Rangoon Lunatic Asylum 1878-1892 - 1878-1892
Year: 1878
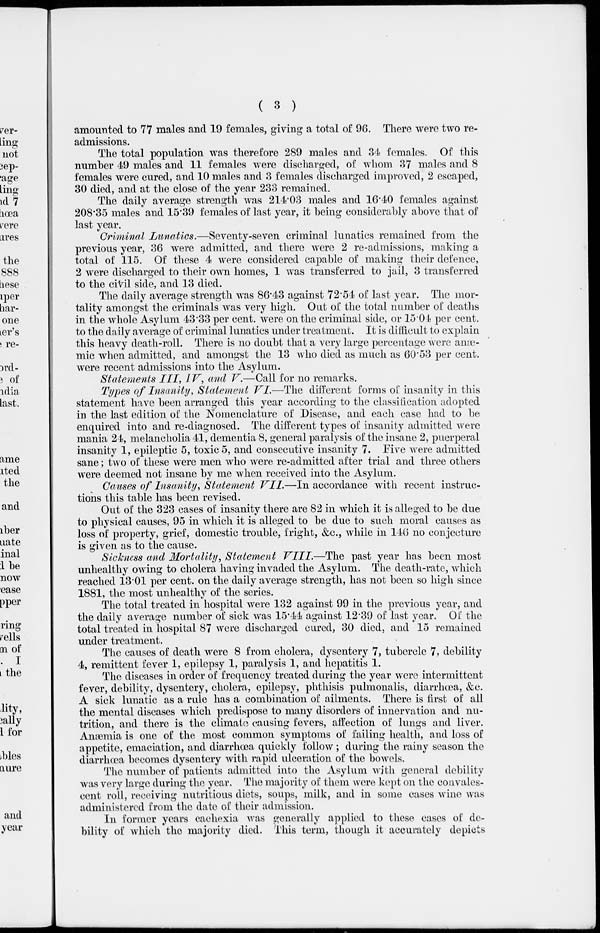
( 3 )
amounted to 77 males and 19 females, giving a total of 96. There were two re-
admissions.
The total population was therefore 289 males and 34 females. Of this
number 49 males and 11 females were discharged, of whom 37 males and 8
females were cured, and 10 males and 3 females discharged improved, 2 escaped,
30 died, and at the close of the year 233 remained.
The daily average strength was 214.03 males and 16.40 females against
208.35 males and 15.39 females of last year, it being considerably above that of
last year.
Criminal Lunatics.—Seventy-seven criminal lunatics remained from the
previous year, 36 were admitted, and there were 2 re-admissions, making a
total of 115. Of these 4 were considered capable of making their defence,
2 were discharged to their own homes, 1 was transferred to jail, 3 transferred
to the civil side, and 13 died.
The daily average strength was 86.43 against 72.54 of last year. The mor-
tality amongst the criminals was very high. Out of the total number of deaths
in the whole Asylum 43.33 per cent. were on the criminal side, or 15.04 per cent.
to the daily average of criminal lunatics under treatment. It is difficult to explain
this heavy death-roll. There is no doubt that a very large percentage were anæ-
mic when admitted, and amongst the 13 who died as much as 60.53 per cent.
were recent admissions into the Asylum.
Statements III, IV, and V.—Call for no remarks.
Types of Insanity, Statement VI.—The different forms of insanity in this
statement have been arranged this year according to the classification adopted
in the last edition of the Nomenclature of Disease, and each case had to be
enquired into and re-diagnosed. The different types of insanity admitted were
mania 24, melancholia 41, dementia 8, general paralysis of the insane 2, puerperal
insanity 1, epileptic 5, toxic 5, and consecutive insanity 7. Five were admitted
sane; two of these were men who were re-admitted after trial and three others
were deemed not insane by me when received into the Asylum.
Causes of Insanity, Statement VII.—In accordance with recent instruc-
tions this table has been revised.
Out of the 323 cases of insanity there are 82 in which it is alleged to be due
to physical causes, 95 in which it is alleged to be due to such moral causes as
loss of property, grief, domestic trouble, fright, &c., while in 146 no conjecture
is given as to the cause.
Sickness and Mortality, Statement VIII.—The past year has been most
unhealthy owing to cholera having invaded the Asylum. The death-rate, which
reached 13.01 per cent. on the daily average strength, has not been so high since
1881, the most unhealthy of the series.
The total treated in hospital were 132 against 99 in the previous year, and
the daily average number of sick was 15.44 against 12.39 of last year. Of the
total treated in hospital 87 were discharged cured, 30 died, and 15 remained
under treatment.
The causes of death were 8 from cholera, dysentery 7, tubercle 7, debility
4, remittent fever 1, epilepsy 1, paralysis 1, and hepatitis 1.
The diseases in order of frequency treated during the year were intermittent
fever, debility, dysentery, cholera, epilepsy, phthisis pulmonalis, diarrhœa, &c.
A sick lunatic as a rule has a combination of ailments. There is first of all
the mental diseases which predispose to many disorders of innervation and nu-
trition, and there is the climate causing fevers, affection of lungs and liver.
Anæmia is one of the most common symptoms of failing health, and loss of
appetite, emaciation, and diarrhœa quickly follow; during the rainy season the
diarrhœa becomes dysentery with rapid ulceration of the bowels.
The number of patients admitted into the Asylum with general debility
was very large during the year. The majority of them were kept on the convales-
cent roll, receiving nutritious diets, soups, milk, and in some cases wine was
administered from the date of their admission.
In former years cachexia was generally applied to these cases of de-
bility of which the majority died. This term, though it accurately depicts